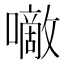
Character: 𰉂